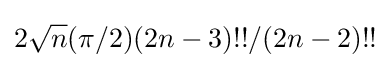
2{\sqrt {n}}(\pi /2)(2n-3)!!/(2n-2)!!